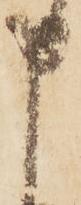
申